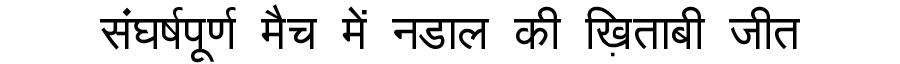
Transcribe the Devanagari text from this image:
संघर्षपूर्ण मैच में नडाल की ख़िताबी जीत